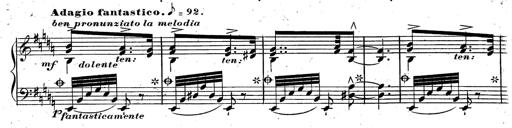
Title: Rondeau fantastique sur un thÃ¨me espagnol
Composer: Franz Liszt